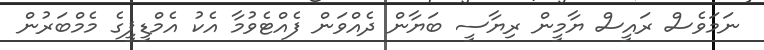
ނަމަވެސް ރައީސް ޔާމީން ރިޔާސީ ބަޔާން ދެއްވަން ފެއްޓެވުމާ އެކު އެމްޑީޕީގެ މެމްބަރުން